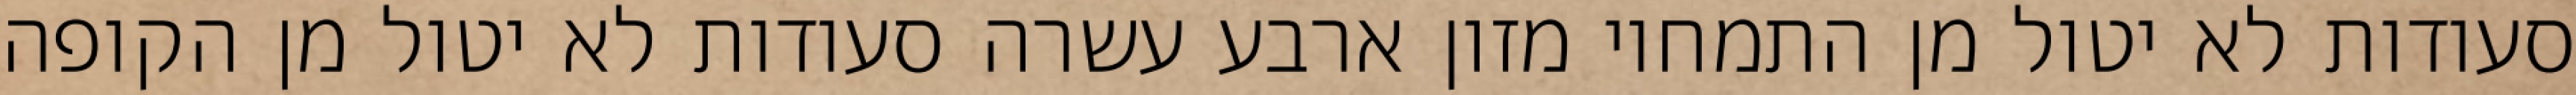
סעודות לא יטול מן התמחוי מזון ארבע עשרה סעודות לא יטול מן הקופה